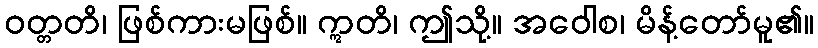
ဝတ္တတိ၊ ဖြစ်ကားမဖြစ်။ ဣတိ၊ ဤသို့။ အဝေါစ၊ မိန့်တော်မူ၏။